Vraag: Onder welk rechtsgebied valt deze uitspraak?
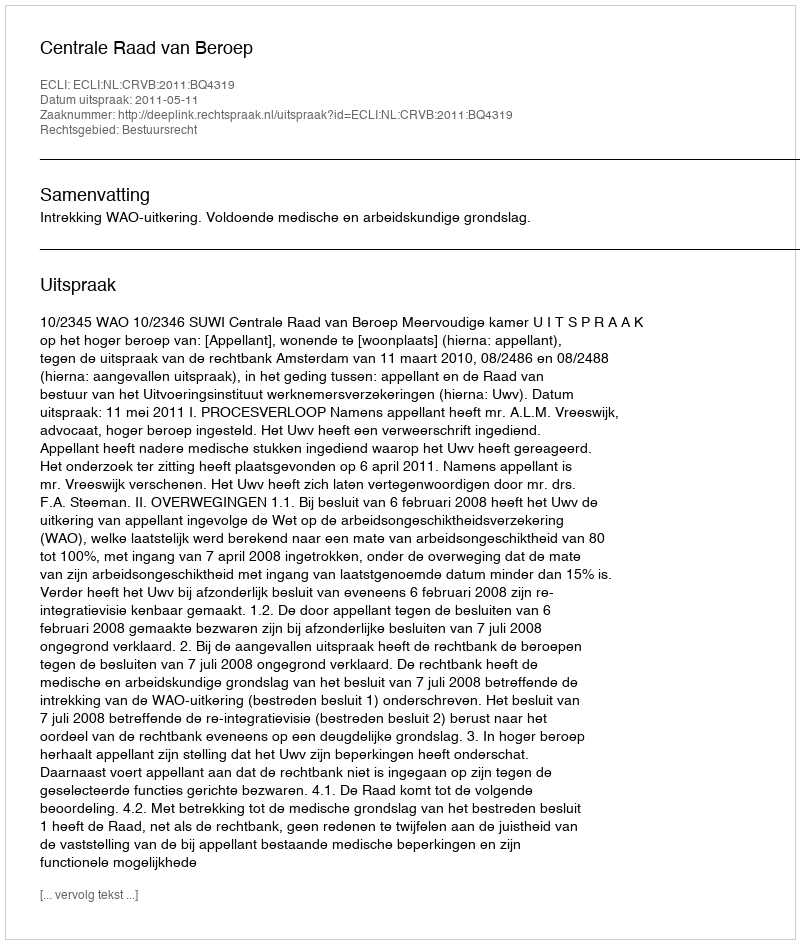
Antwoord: Bestuursrecht